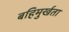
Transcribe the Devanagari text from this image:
बहिमुर्खता